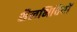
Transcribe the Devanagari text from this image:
शैलभित्तियों